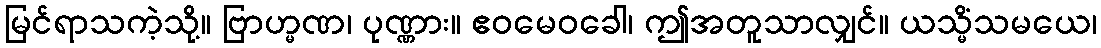
မြင်ရာသကဲ့သို့။ ဗြာဟ္မဏ၊ ပုဏ္ဏား။ ဧဝမေဝခေါ၊ ဤအတူသာလျှင်။ ယသ္မိံသမယေ၊